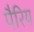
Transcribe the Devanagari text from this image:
पैरिय